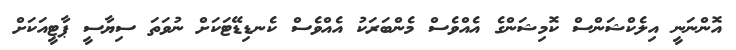
އޮންނަނީ އިލެކްޝަންސް ކޮމިޝަންގެ އެއްވެސް މެންބަރަކު އެއްވެސް ކެނޑިޑޭޓަކަށް ނުވަތަ ސިޔާސީ ޕާޓީއަކަށް